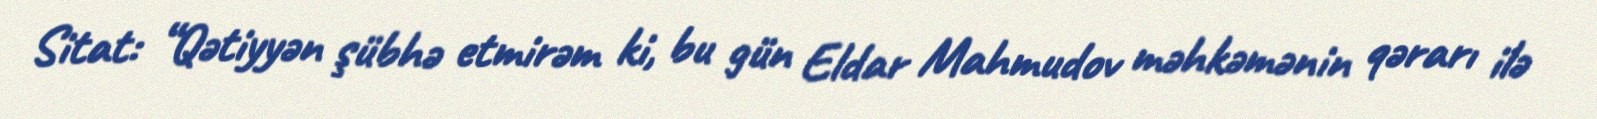
Sitat: “Qətiyyən şübhə etmirəm ki, bu gün Eldar Mahmudov məhkəmənin qərarı ilə